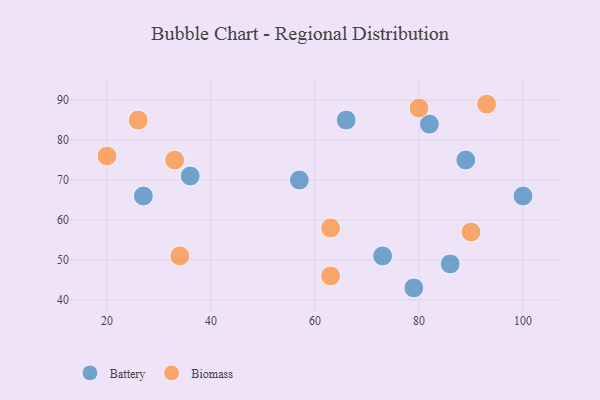
{"axis": {"x": "GDP", "y": "Life Expectancy"}, "legend": ["Battery", "Biomass"], "data": [{"x": "86", "y": 49, "type": "Battery"}, {"x": "27", "y": 66, "type": "Battery"}, {"x": "36", "y": 71, "type": "Battery"}, {"x": "89", "y": 75, "type": "Battery"}, {"x": "66", "y": 85, "type": "Battery"}, {"x": "73", "y": 51, "type": "Battery"}, {"x": "100", "y": 66, "type": "Battery"}, {"x": "57", "y": 70, "type": "Battery"}, {"x": "79", "y": 43, "type": "Battery"}, {"x": "82", "y": 84, "type": "Battery"}, {"x": "20", "y": 76, "type": "Biomass"}, {"x": "93", "y": 89, "type": "Biomass"}, {"x": "26", "y": 85, "type": "Biomass"}, {"x": "80", "y": 88, "type": "Biomass"}, {"x": "34", "y": 51, "type": "Biomass"}, {"x": "90", "y": 57, "type": "Biomass"}, {"x": "63", "y": 46, "type": "Biomass"}, {"x": "33", "y": 75, "type": "Biomass"}, {"x": "63", "y": 58, "type": "Biomass"}]}